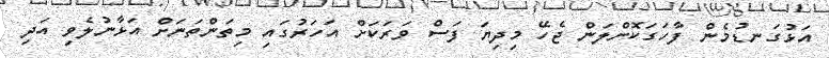
އަޅުގަނޑުމެން ފާހަގަކޮށްލަން ޖެހޭ މިދިޔަ ފަސް ވަރަކަށް އަހަރުގައި މިތަންތަނަށް އަޅާނުލެވި އަދި